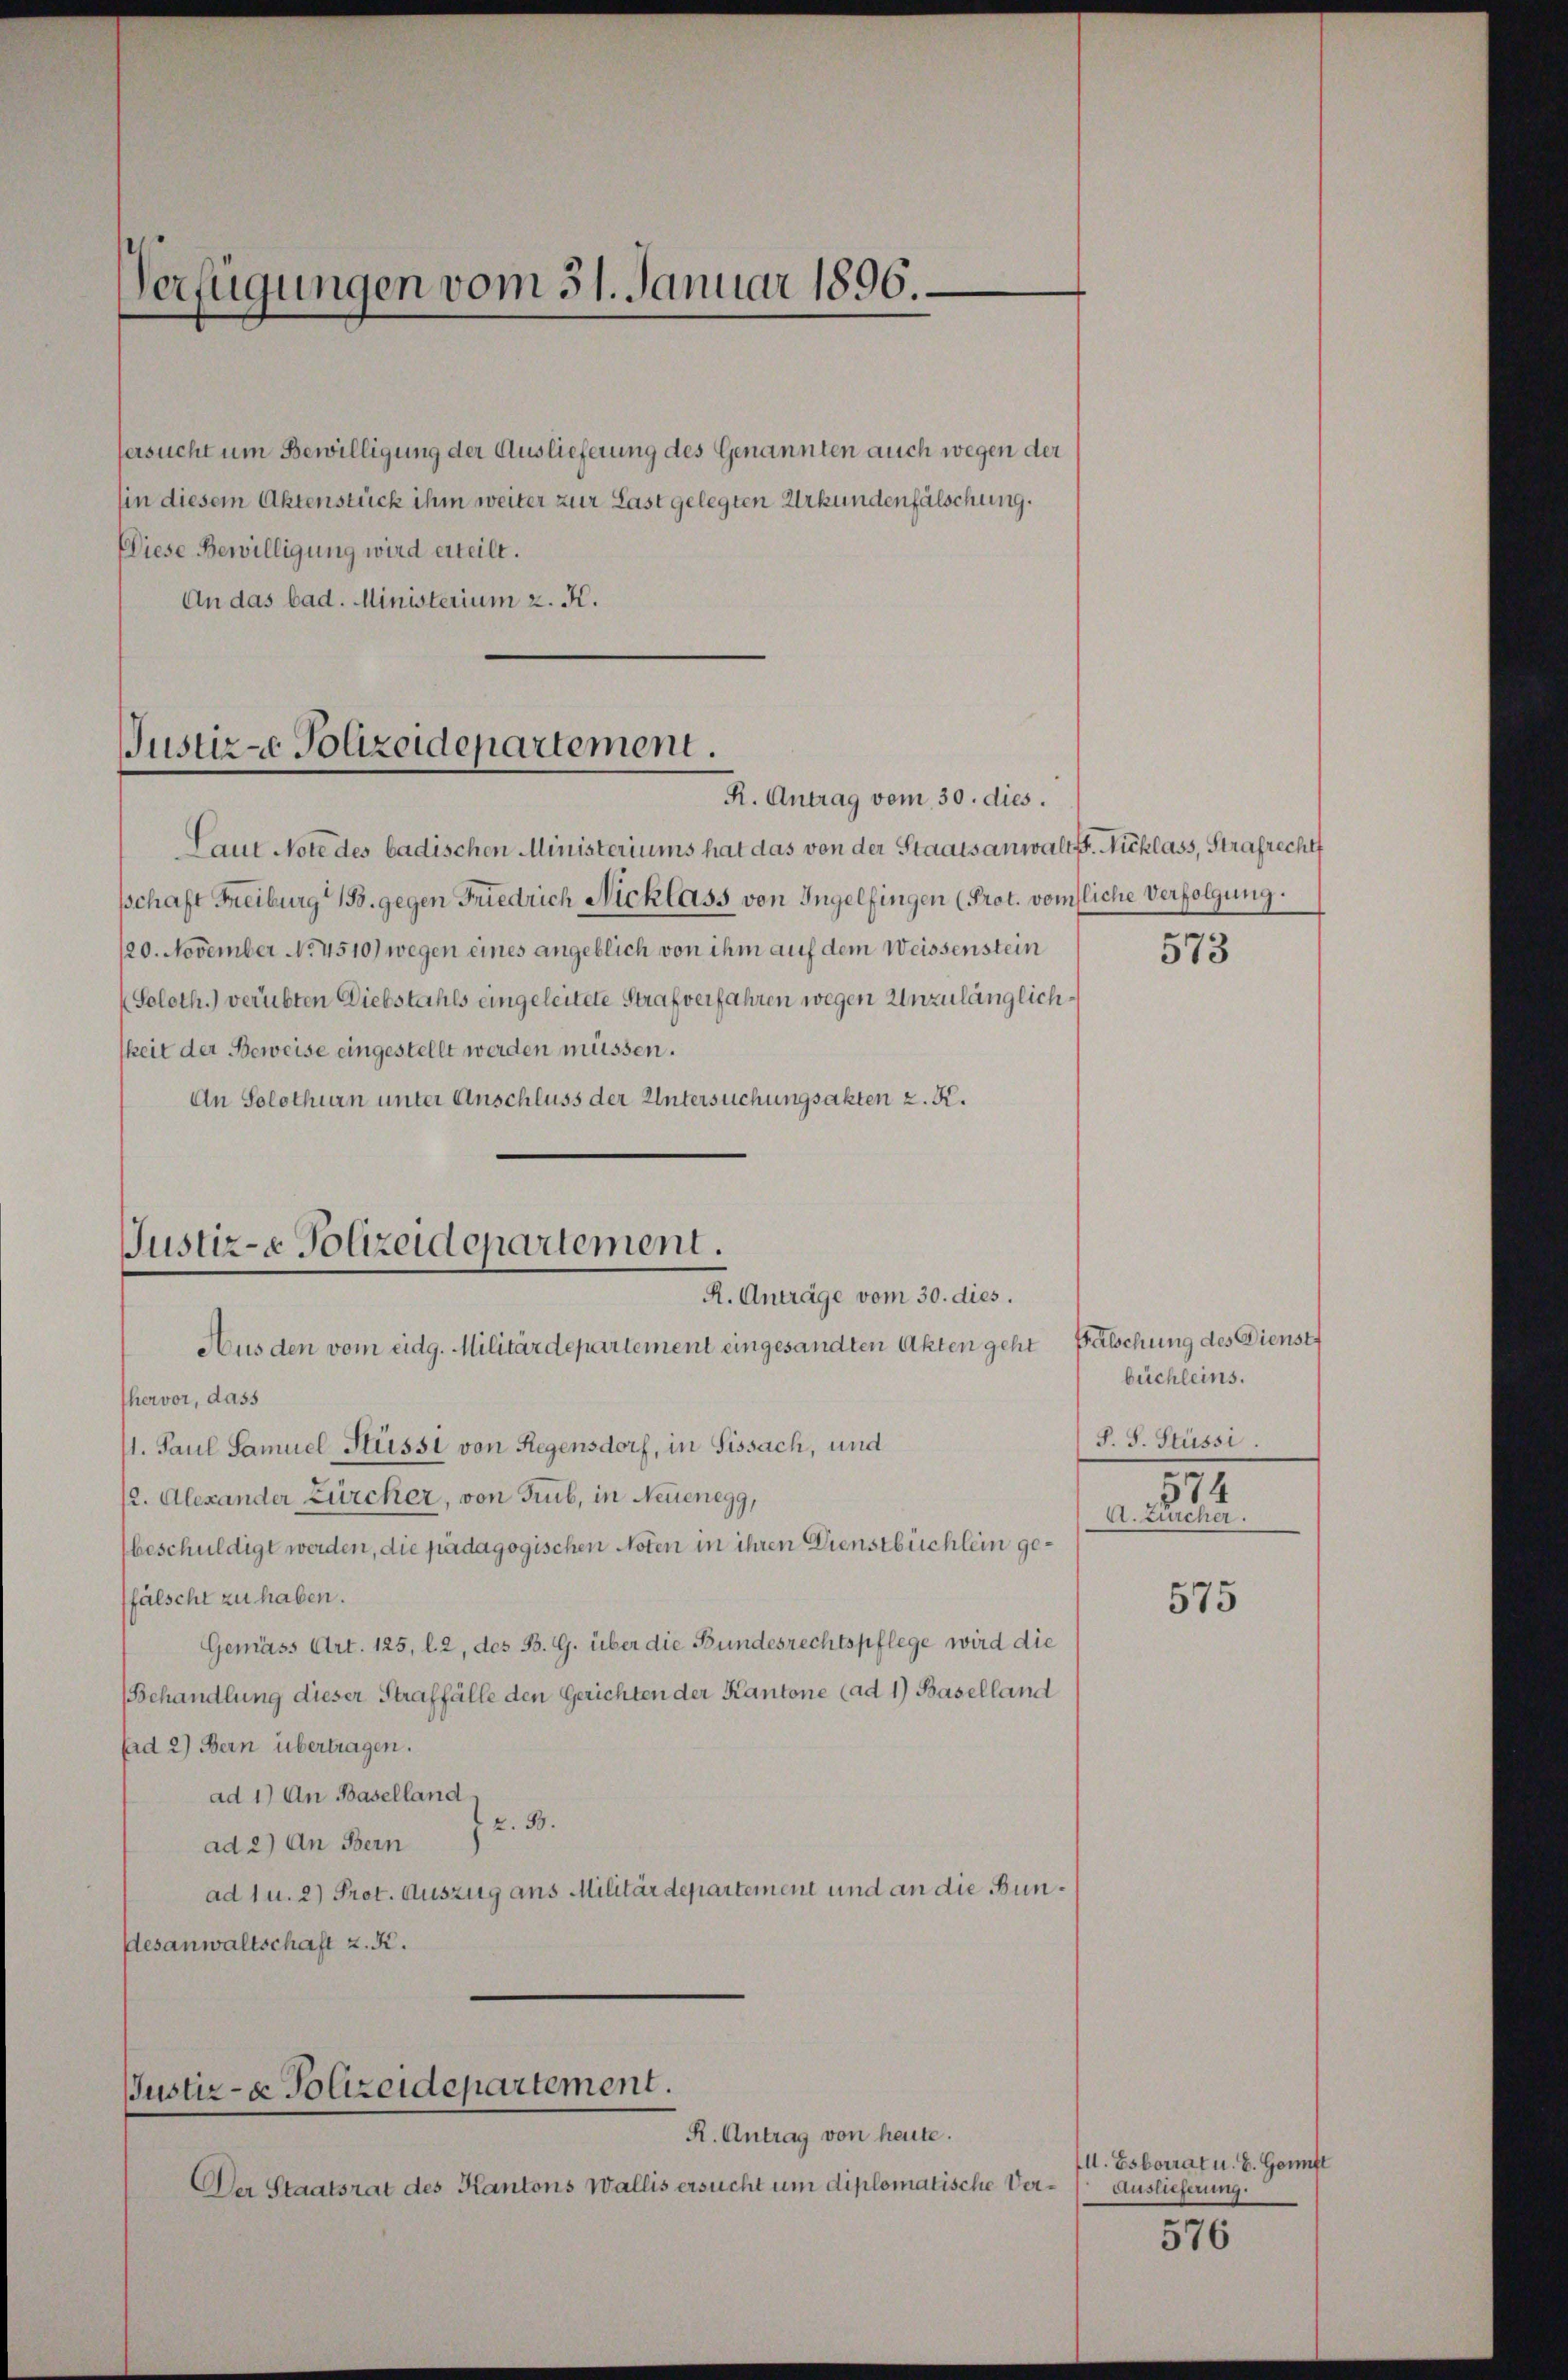
Verfügungen vom 31. Januar 1896.

fersucht um Bewilligung der Auslieferung des Genannten auch wegen der
hin diesem Aktenstück ihm weiter zur Last gelegten Urkundenfälschung.
Diese Bewilligung wird erteilt.
An das bad. Ministerium 2. K.

Justiz-e Polizeidepartement.
R. Antrag vom 30. dies.

Justiz-e Polizeidepartement.
R. Anträge vom 30. dies.

Justiz- & Polizeidepartement.
R. Antrag von heute.

Laut Note des badischen Ministeriums hat das von der Staatsanwalt. Nicklass, Strafrecht
schaft Freiburg 15. gegen Friedrich Nicklass von Ingelfingen (Prot. vomliche Verfolgung.
120. November No. 4510) wegen eines angeblich von ihm auf dem Weissenstein
Soloth.) verübten Diebstahls eingeleitete Strafverfahren wegen Unzulänglichkeit der Beweise eingestellt werden müssen.
An Solothurn unter Anschluss der Untersuchungsakten z. K.
Aus den vom eidg. Militärdepartement eingesandten Akten geht Fälschung des Dienst
hervor, dass
1. Paul Samuel Süssi von Regensdorf, in Sissach, und
(2. Alexander Zürcher, von Trub, in Neuenegg,
beschuldigt werden, die pädagogischen Noten in ihren Dienstbüchlein gefälscht zu haben.
Gemäss Art. 125, l. 2, des B. G. über die Bundesrechtspflege wird die
(Behandlung dieser Straffälle den Gerichten der Kantone (ad 1) Baselland
fad 2) Bern übertragen.
ad 1) An Baselland
z. 88.
ad 2.) An Bern
ad 1 u. 2) Prot. Auszug aus Militärdepartement und an die Bundesanwaltschaft z. K.

Der Staatsrat des Kantons Wallis ersucht um diplomatische Ver¬

573

büchleins.
S. S. Süssi
574
A. Zürcher.

575

I. Esborrat u. E. Genft
e
Auslieferung.

576